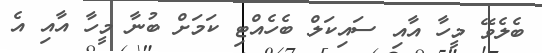
ބެލެވޭ މީހާ އާއި ސައިކަލް ބެހެއްޓި ކަމަށް ބުނާ މީހާ އާއި އެ